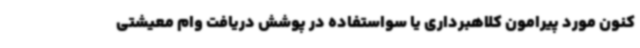
کنون مورد پیرامون کلاهبرداری یا سواستفاده در پوشش دریافت وام معیشتی